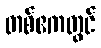
တစ်ဧကတွင်